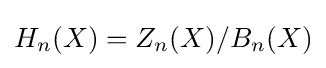
H_{n}(X)=Z_{n}(X)/B_{n}(X)